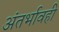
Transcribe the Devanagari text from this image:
अंतर्भावही